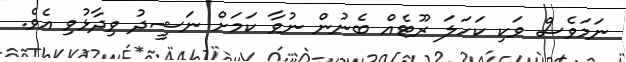
ނަމަވެސް ވަކި ކަހަލަ ރޫޓެއް ބެނުން ނުވާ ކަމަށް ނަޝީދު ވިދާޅުވި އެވެ.